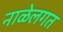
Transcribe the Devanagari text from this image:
नाळेलगत